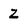
Character: Z